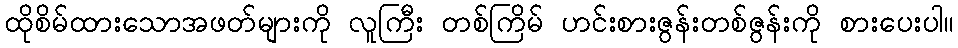
ထိုစိမ်ထားသောအဖတ်များကို လူကြီး တစ်ကြိမ် ဟင်းစားဇွန်းတစ်ဇွန်းကို စားပေးပါ။